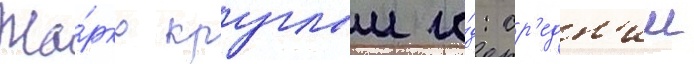
Жа́рко круглыи го́д: ср'едн'ии